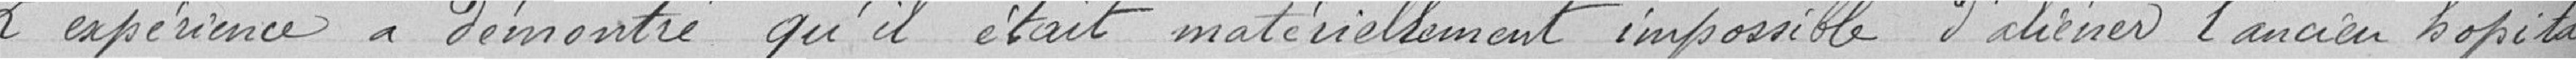
L'expérience a démontré qu'il était matériellement impossible d'achever l'ancien hôpital